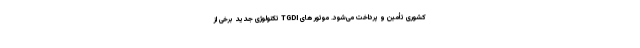
کشوری تأمین و پرداخت می‌شود. موتور های TGDI تکنولوژی جدید برخی از